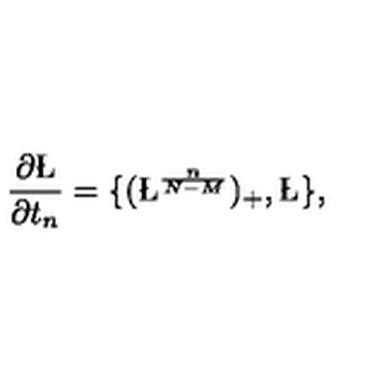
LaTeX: \frac { \partial \L } { \partial t _ { n } } = \{ ( \L ^ { \frac { n } { N - M } } ) _ { + } , \L \} ,